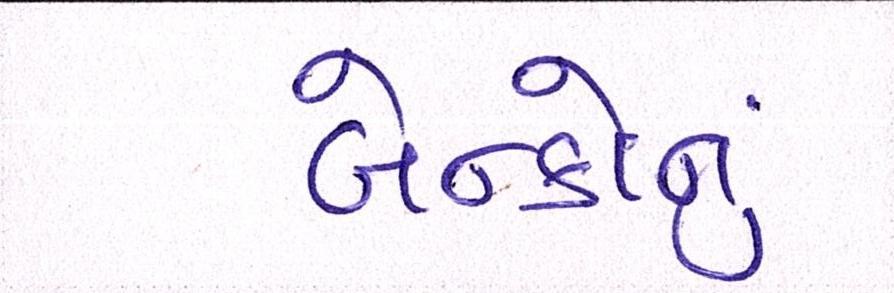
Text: બેન્કોનું